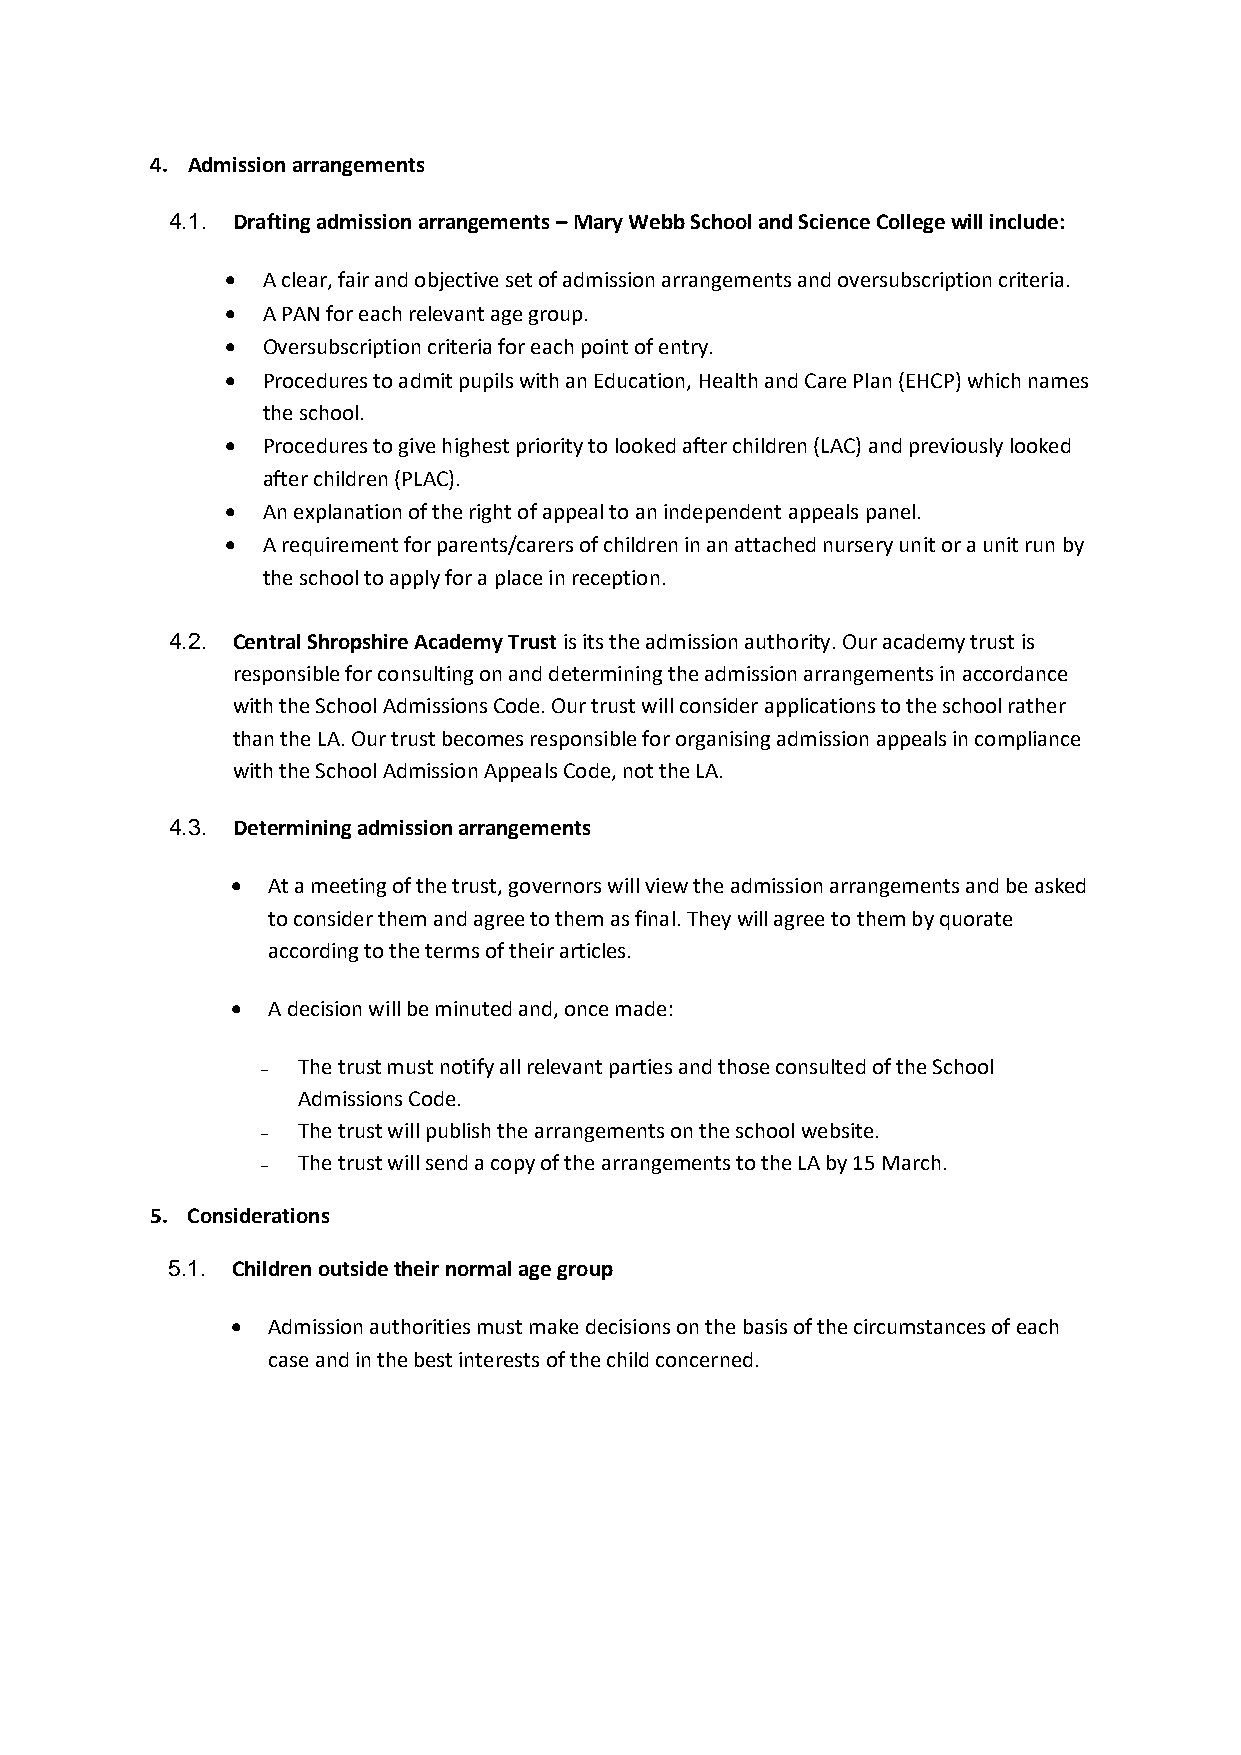
4. Admission arrangements
 4.1. Drafting admission arrangements – Mary Webb School and Science College will include:
 • A clear, fair and objective set of admission arrangements and oversubscription criteria.
 • A PAN for each relevant age group.
 • Oversubscription criteria for each point of entry.
 • Procedures to admit pupils with an Education, Health and Care Plan (EHCP) which names
 the school.
 • Procedures to give highest priority to looked after children (LAC) and previously looked
 after children (PLAC).
 • An explanation of the right of appeal to an independent appeals panel.
 • A requirement for parents/carers of children in an attached nursery unit or a unit run by
 the school to apply for a place in reception.
 4.2. Central Shropshire Academy Trust is its the admission authority. Our academy trust is
 responsible for consulting on and determining the admission arrangements in accordance
 with the School Admissions Code. Our trust will consider applications to the school rather
 than the LA. Our trust becomes responsible for organising admission appeals in compliance
 with the School Admission Appeals Code, not the LA.
 4.3. Determining admission arrangements
 •  At a meeting of the trust, governors will view the admission arrangements and be asked
 to consider them and agree to them as final. They will agree to them by quorate
 according to the terms of their articles.
 •  A decision will be minuted and, once made:
 The trust must notify all relevant parties and those consulted of the School
 –
 Admissions Code.
 The trust will publish the arrangements on the school website.
 –
 The trust will send a copy of the arrangements to the LA by 15 March.
 –
 5. Considerations
 5.1. Children outside their normal age group
 •  Admission authorities must make decisions on the basis of the circumstances of each
 case and in the best interests of the child concerned.